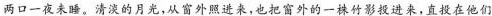
两口一夜未睡。\underline{清淡的月光，从窗外照进来，也把窗外的一株竹影投进来，直投在他们}